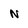
Character: N